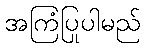
အကြံပြုပါမည်